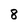
Character: 8